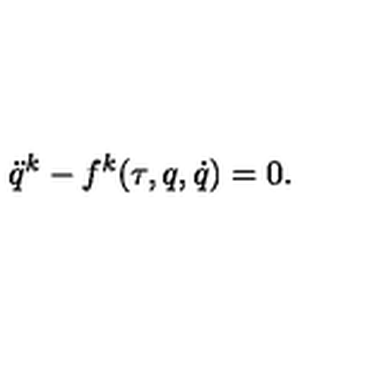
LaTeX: \ddot { q } ^ { k } - f ^ { k } ( \tau , q , \dot { q } ) = 0 .